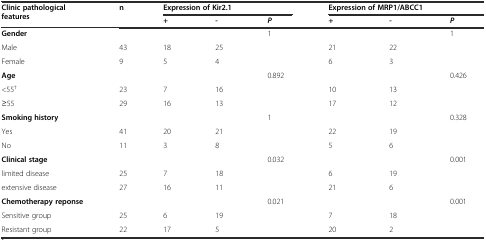
<table><thead><tr><td rowspan="2"><b>Clinic pathological features</b></td><td rowspan="2"><b>n</b></td><td colspan="3"><b>Expression of Kir2.1</b></td><td colspan="3"><b>Expression of MRP1/ABCC1</b></td></tr><tr><td><b>+</b></td><td><b>-</b></td><td><b><i>P</i></b></td><td><b>+</b></td><td><b>-</b></td><td><b><i>P</i></b></td></tr></thead><tbody><tr><td><b>Gender</b></td><td></td><td></td><td></td><td>1</td><td></td><td></td><td>1</td></tr><tr><td>Male</td><td>43</td><td>18</td><td>25</td><td></td><td>21</td><td>22</td><td></td></tr><tr><td>Female</td><td>9</td><td>5</td><td>4</td><td></td><td>6</td><td>3</td><td></td></tr><tr><td><b>Age</b></td><td></td><td></td><td></td><td>0.892</td><td></td><td></td><td>0.426</td></tr><tr><td>&lt;55<sup>†</sup></td><td>23</td><td>7</td><td>16</td><td></td><td>10</td><td>13</td><td></td></tr><tr><td>≥55</td><td>29</td><td>16</td><td>13</td><td></td><td>17</td><td>12</td><td></td></tr><tr><td><b>Smoking history</b></td><td></td><td></td><td></td><td>1</td><td></td><td></td><td>0.328</td></tr><tr><td>Yes</td><td>41</td><td>20</td><td>21</td><td></td><td>22</td><td>19</td><td></td></tr><tr><td>No</td><td>11</td><td>3</td><td>8</td><td></td><td>5</td><td>6</td><td></td></tr><tr><td><b>Clinical stage</b></td><td></td><td></td><td></td><td>0.032</td><td></td><td></td><td>0.001</td></tr><tr><td>limited disease</td><td>25</td><td>7</td><td>18</td><td></td><td>6</td><td>19</td><td></td></tr><tr><td>extensive disease</td><td>27</td><td>16</td><td>11</td><td></td><td>21</td><td>6</td><td></td></tr><tr><td><b>Chemotherapy reponse</b></td><td></td><td></td><td></td><td>0.021</td><td></td><td></td><td>0.001</td></tr><tr><td>Sensitive group</td><td>25</td><td>6</td><td>19</td><td></td><td>7</td><td>18</td><td></td></tr><tr><td>Resistant group</td><td>22</td><td>17</td><td>5</td><td></td><td>20</td><td>2</td><td></td></tr></tbody></table>